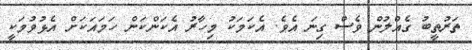
ތަރުތީބު ގެއްލުން ވެސް ގިނަ އެވެ. އެކަމަކު މިހާރު އެކަންކަން ހަމައަކަށް އެޅުވުމަކީ